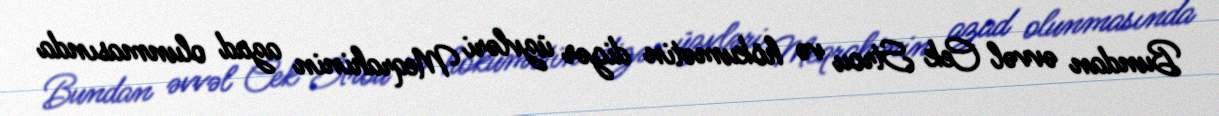
Bundan əvvəl Cek Strou və hökumətin digər üzvləri Meqrahinin azad olunmasında